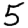
Digit: 5